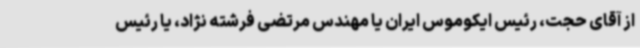
از آقای حجت، رئیس ایکوموس ایران یا مهندس مرتضی فرشته نژاد، یا رئیس